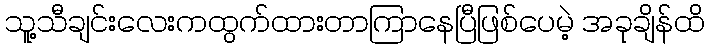
သူ့သီချင်းလေးကထွက်ထားတာကြာနေပြီဖြစ်ပေမဲ့ အခုချိန်ထိ